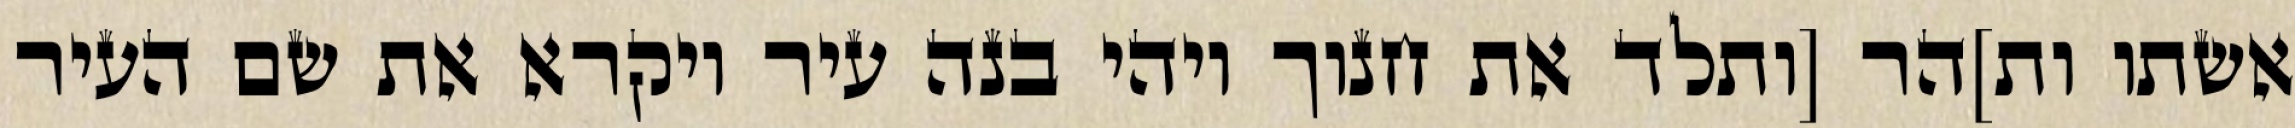
אשתו ות]הר [ותלד את חנוך ויהי בנה עיר ויקרא את שם העיר